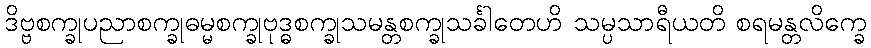
ဒိဗ္ဗစက္ခုပညာစက္ခုဓမ္မစက္ခုဗုဒ္ဓစက္ခုသမန္တစက္ခုသင်္ခါတေဟိ သမ္ပသာရီယတိ စရမန္တလိက္ခေ